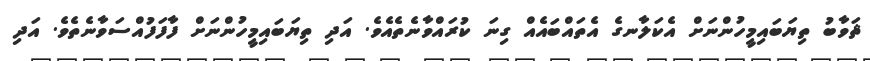
ޘަވާބު ތިޔަބައިމީހުންނަށް އެކަލާނގެ އެތައްބައެއް ގިނަ ކުރައްވާނެތެއެވެ. އަދި ތިޔަބައިމީހުންނަށް ފާފަފުއްސަވާނެތެވެ. އަދި